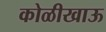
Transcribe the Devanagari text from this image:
कोळीखाऊ